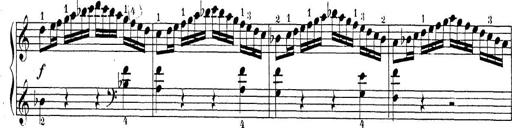
Title: Sonatina Album
Composer: Louis KÃ¶hler